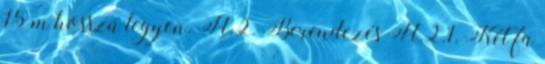
15 m hosszú legyen. H.2. Berendezés H.2.1. Két fa